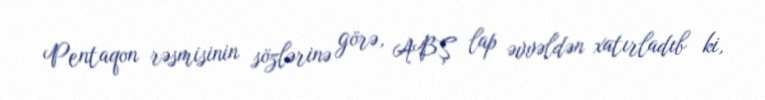
Pentaqon rəsmisinin sözlərinə görə, ABŞ lap əvvəldən xatırladıb ki,